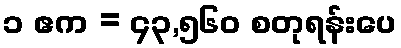
၁ ဧက = ၄၃,၅၆၀ စတုရန်းပေ